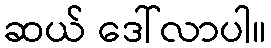
ဆယ် ဒေါ်လာပါ။